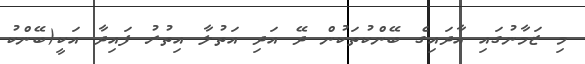
މި ޒަމާނުގައި އާދައިގެ ބޭންކުތަކުން ދޭ އަދި އަތުލާ އިތުރު ފައިދާ އަކީ(ބޭންކު